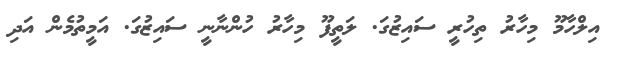
އިލްހާމޫ މިހާރު ތިހުރީ ސައިޒުގަ. ލަތީފޫ މިހާރު ހުންނާނީ ސައިޒުގަ. އަމީތުމެން އަދި